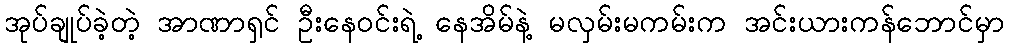
အုပ်ချုပ်ခဲ့တဲ့ အာဏာရှင် ဦးနေဝင်းရဲ့ နေအိမ်နဲ့ မလှမ်းမကမ်းက အင်းယားကန်ဘောင်မှာ